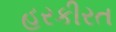
હરકીરત